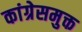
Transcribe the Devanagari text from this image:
कांग्रेसमुक्त